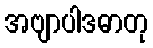
အဗျာပါဒဓာတု